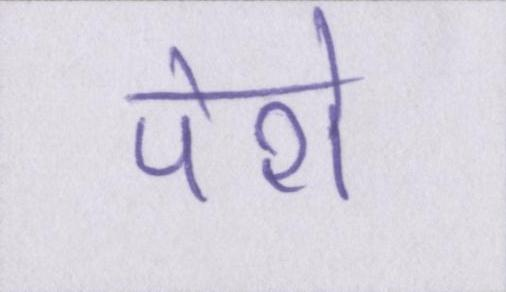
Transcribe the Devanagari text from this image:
पेशे